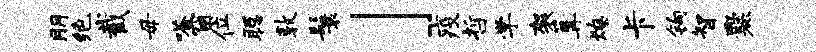
朋绝截毋嗒窗位聪敦鬟」疫哲学袈篝燎卡钩智爨